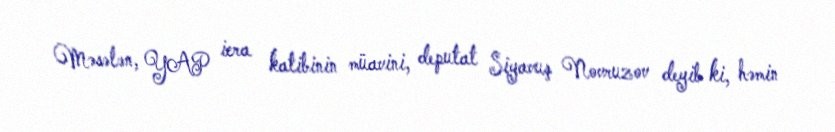
Məsələn, YAP icra katibinin müavini, deputat Siyavuş Novruzov deyib ki, həmin